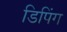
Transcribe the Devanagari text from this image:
डिपिंग